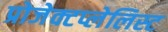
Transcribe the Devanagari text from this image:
प्रोजेक्टप्लेलिस्ट